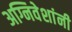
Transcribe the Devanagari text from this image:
अग्निवेशांनी